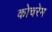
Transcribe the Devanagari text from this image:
कोचरेम